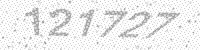
Solution: 121727